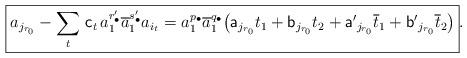
LaTeX: \begin{align*}\boxed{a_{j_{r_0}}-\sum_t\,{\sf c}_t\,a_1^{r'_\bullet}\overline a_1^{s'_\bullet} a_{i_t}=a_1^{p_\bullet}\overline a_1^{q_\bullet}\big({\sf a}_{j_{r_0}}t_1+{\sf b}_{j_{r_0}}t_2+{\sf a'}_{j_{r_0}}\overline t_1+{\sf b'}_{j_{r_0}}\overline t_2\big)}.\end{align*}